Report on enteric fever
Disease focus: Fever
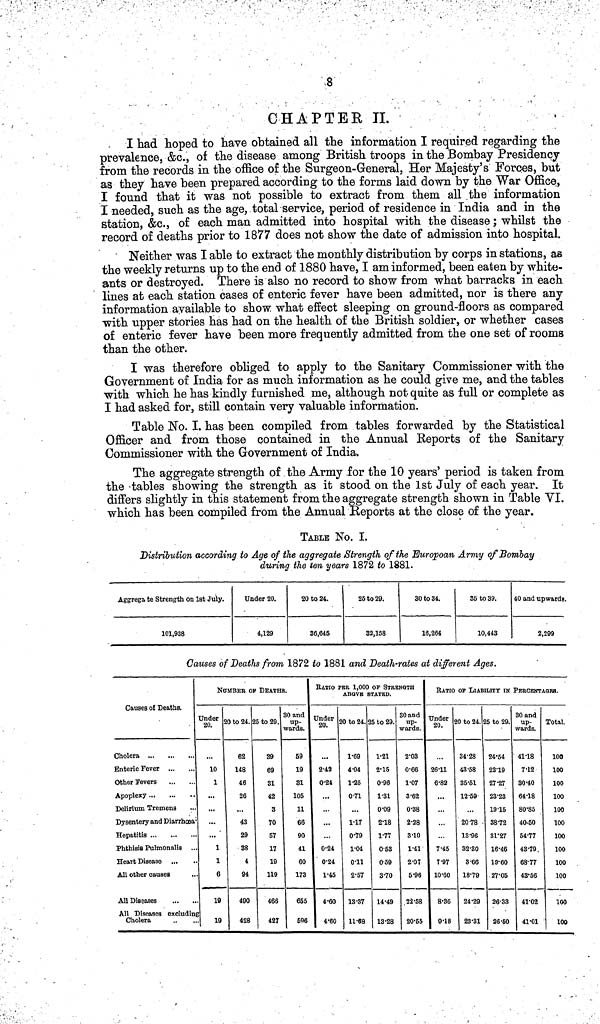
8
CHAPTER II.
I had hoped to have obtained all the information I required regarding the
prevalence, &c., of the disease among British troops in the Bombay Presidency
from the records in the office of the Surgeon-General, Her Majesty's Forces, but
as they have been prepared according to the forms laid down by the War Office,
I found that it was not possible to extract from them all the information
I needed, such as the age, total service, period of residence in India and in the
station, &c., of each man admitted into hospital with the disease; whilst the
record of deaths prior to 1877 does not show the date of admission into hospital.
Neither was I able to extract the monthly distribution by corps in stations, as
the weekly returns up to the end of 1880 have, I am informed, been eaten by white-
ants or destroyed. There is also no record to show from what barracks in each
lines at each station cases of enteric fever have been admitted, nor is there any
information available to show what effect sleeping on ground-floors as compared
with upper stories has had on the health of the British soldier, or whether cases
of enteric fever have been more frequently admitted from the one set of rooms
than the other.
I was therefore obliged to apply to the Sanitary Commissioner with the
Government of India for as much information as he could give me, and the tables
with which he has kindly furnished me, although not quite as full or complete as
I had asked for, still contain very valuable information.
Table No. I. has been compiled from tables forwarded by the Statistical
Officer and from those contained in the Annual Reports of the Sanitary
Commissioner with the Government of India.
The aggregate strength of the Army for the 10 years* period is taken from
the -tables showing the strength as it stood on the 1st July of each year. It
differs slightly in this statement from the aggregate strength shown in Table VI.
which has been compiled from the Annual Reports at the close of the year.
TABLE No. I.
Distribution according to Age of the aggregate Strength of the Europoan Army of Bombay
during the ten years 1872 to 1881.
Aggregate Strength on 1st July.
101,938
Under 20.
4,129
20 to 24.
36,645
25 to 29.
32,158
30 to 34.
16.264
35 to 39.
10,443
40 and upwards.
2,299
Causes of Deaths from 1872 to 1881 and Death-rates at different Ages.
Causes of Deaths.
Cholera
Enteric Fever
Other Fevers
Apoplexy
Delirium Tremena
Dysentery and Diarrhoea
Hepatitis
Phthisis Pulmonalia .
Heart Disease ...
All other causes
All Diseases
All Diseases excluding
Cholera
NUMBER OF DEATHS
Under
10
1
...
...
...
1
1
6
10
19
20 to 24.
62
148
46
26
...
43
29
88
4
94
490
428
35 to 29.
39
69
31
42
3
70
57
17
19
119
466
427
30 and
up.
wards.
59
19
31
105
11
66
90
41
60
173
655
596
RATIO PER 1,000 OP STRENGTH
ABOVe STATED.
Under
20.
...
2•42
0•24
...
...
0•24
0•24
1•45
4•60
4•60
20 to 24.
1•69
4•04
1•25
0•71
1•17
0•79
1•04
0•11
2•57
13•37
11•68
A to 29.
1•21
2•15
0•96
1•31
0•09
2•18
1•77
0•53
0•59
3•70
14•49
13•28
30 and
up-
wards.
2•03
0•66
1•07
3•62
0•38
2•28
3•10
1•41
2•07
5•96
22•58
20•55
RATIO OF LIABILITY IK PERCENTAgRS.
Under
20.
26•11
6•82
...
...
7•45
7•97
10•60
8•36
9•18
20 to 24.
34•28
43•58
35•51
12•59
20•78
13•96
32•30
3•66
18•79
24•29
23•31
25 to 29.
24•54
23•19
27•27
23•23
19•15
38•72
31•27
16•46
19•60
27•05
26•33
26•60
30 and
up-
wards.
41•18
7•12
30•40
64•18
80•85
40•50
54•77
43•79.
68•77
43•56
41•02
41•01
Total.
100
100
100
100
100
100
100
100
100
100
100
100